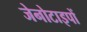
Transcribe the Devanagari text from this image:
जेनोटाइपों